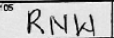
Transcription: RNW